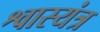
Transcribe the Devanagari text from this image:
श्वास्यंत्र